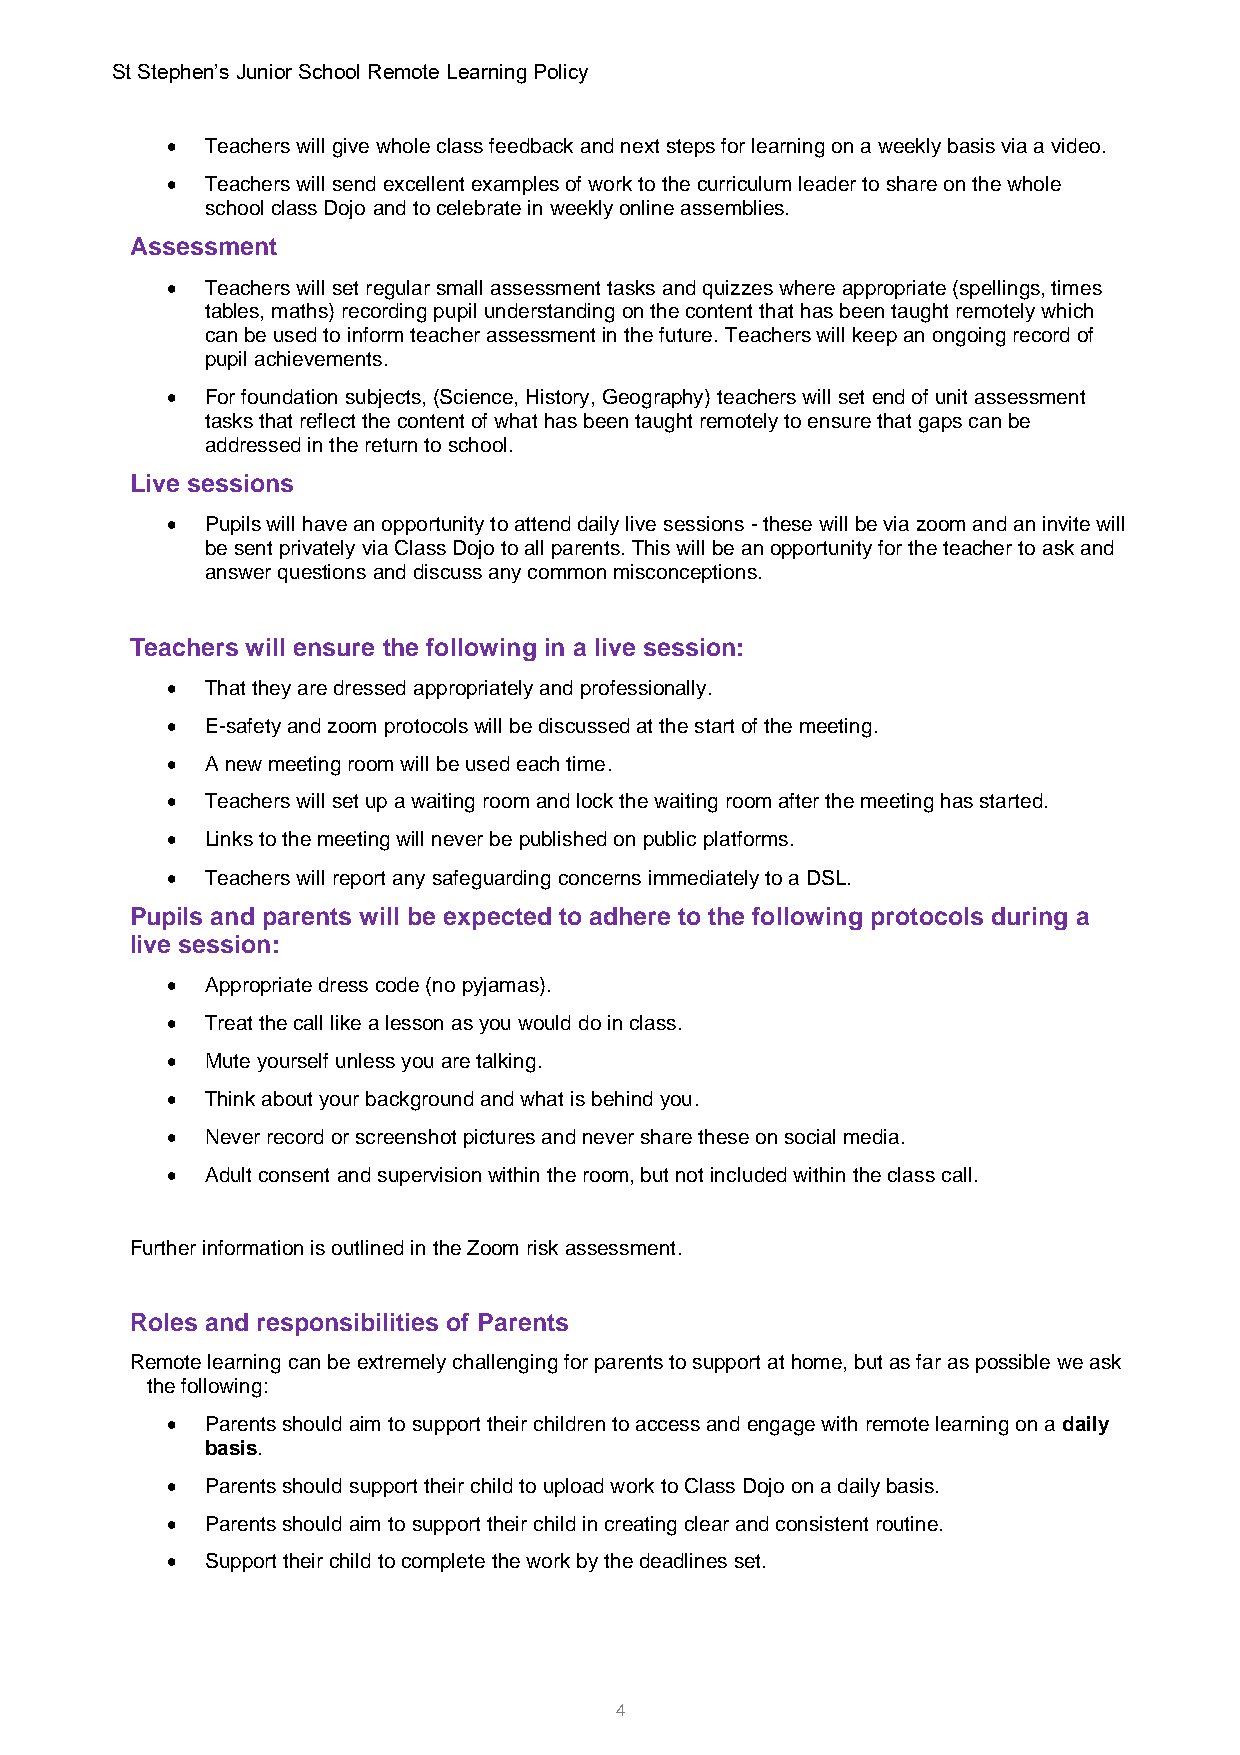
St Stephen’s Junior School Remote Learning Policy
 •  Teachers will give whole class feedback and next steps for learning on a weekly basis via a video.
 •  Teachers will send excellent examples of work to the curriculum leader to share on the whole
 school class Dojo and to celebrate in weekly online assemblies.
 Assessment
 •  Teachers will set regular small assessment tasks and quizzes where appropriate (spellings, times
 tables, maths) recording pupil understanding on the content that has been taught remotely which
 can be used to inform teacher assessment in the future. Teachers will keep an ongoing record of
 pupil achievements.
 •  For foundation subjects, (Science, History, Geography) teachers will set end of unit assessment
 tasks that reflect the content of what has been taught remotely to ensure that gaps can be
 addressed in the return to school.
 Live sessions
 •  Pupils will have an opportunity to attend daily live sessions - these will be via zoom and an invite will
 be sent privately via Class Dojo to all parents. This will be an opportunity for the teacher to ask and
 answer questions and discuss any common misconceptions.
 Teachers will ensure the following in a live session:
 •  That they are dressed appropriately and professionally.
 •  E-safety and zoom protocols will be discussed at the start of the meeting.
 •  A new meeting room will be used each time.
 •  Teachers will set up a waiting room and lock the waiting room after the meeting has started.
 •  Links to the meeting will never be published on public platforms.
 •  Teachers will report any safeguarding concerns immediately to a DSL.
 Pupils and parents will be expected to adhere to the following protocols during a
 live session:
 •  Appropriate dress code (no pyjamas).
 •  Treat the call like a lesson as you would do in class.
 •  Mute yourself unless you are talking.
 •  Think about your background and what is behind you.
 •  Never record or screenshot pictures and never share these on social media.
 •  Adult consent and supervision within the room, but not included within the class call.
 Further information is outlined in the Zoom risk assessment.
 Roles and responsibilities of Parents
 Remote learning can be extremely challenging for parents to support at home, but as far as possible we ask
 the following:
 •  Parents should aim to support their children to access and engage with remote learning on a daily
 basis.
 •  Parents should support their child to upload work to Class Dojo on a daily basis.
 •  Parents should aim to support their child in creating clear and consistent routine.
 •  Support their child to complete the work by the deadlines set.
 4